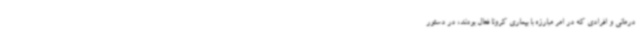
درمانی و افرادی که در امر مبارزه با بیماری کرونا فعال بودند، در دستور